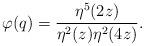
LaTeX: \begin{align*}\varphi(q) = \frac{\eta^5(2z)}{\eta^2(z) \eta^2(4z)}. \end{align*}